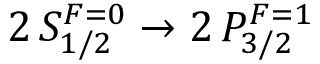
2 \, S _ { 1 / 2 } ^ { F = 0 } \rightarrow 2 \, P _ { 3 / 2 } ^ { F = 1 }